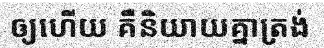
ឲ្យហើយ គឺនិយាយគ្នាត្រង់